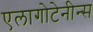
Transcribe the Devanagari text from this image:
एलागोटेनीन्स